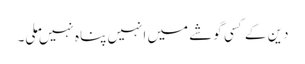
دین کے کسی گوشے میں انہیں پناہ نہیں ملی۔